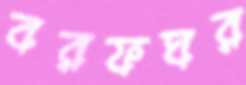
বরফঘর